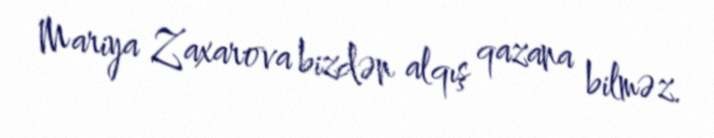
Mariya Zaxarova bizdən alqış qazana bilməz.